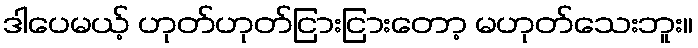
ဒါပေမယ့် ဟုတ်ဟုတ်ငြားငြားတော့ မဟုတ်သေးဘူး။